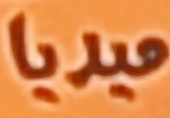
ميديا